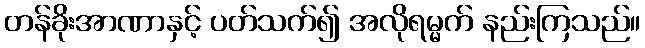
တန်ခိုးအာဏာနှင့် ပတ်သက်၍ အလိုရမ္မက် နည်းကြသည်။